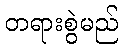
တရားစွဲမည်